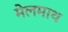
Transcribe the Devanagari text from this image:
मेलमाथ